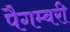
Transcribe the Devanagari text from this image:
पैगम्बरी